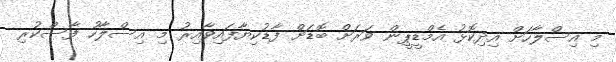
މި އިސްލާހަށް އިދިކޮޅު އެމްޑީޕީން ވަރަށް ބޮޑަށް ފާޑުކިޔާފައިވާއިރު މި އިސްލާހު ފާސްކުރި